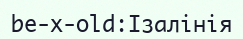
be-x-old:Ізалінія